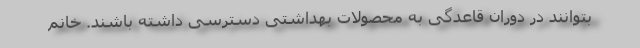
بتوانند در دوران قاعدگی به محصولات بهداشتی دسترسی داشته باشند. خانم